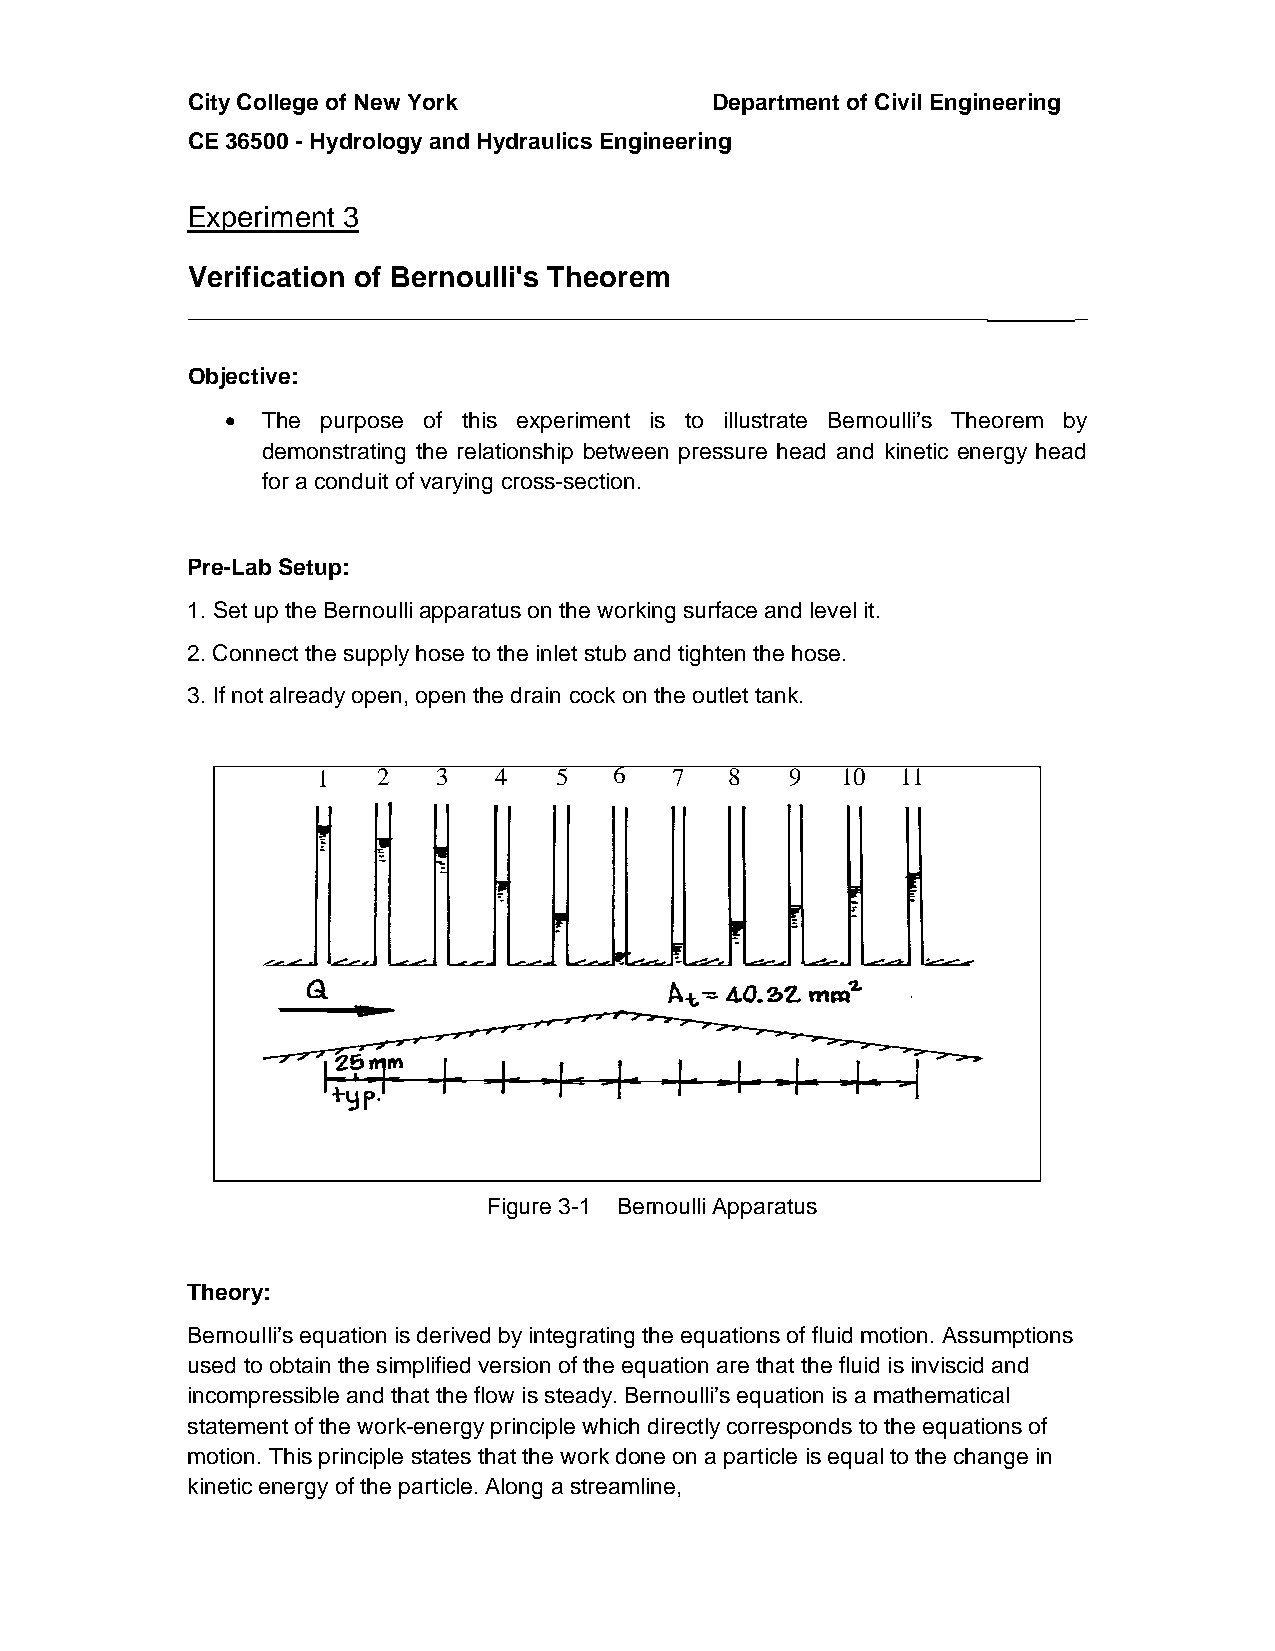
City College of New York           Department of Civil Engineering
 CE 36500 - Hydrology and Hydraulics Engineering
 Experiment 3
 Verification of Bernoulli's Theorem
 ________________________________________________________________ _
 Objective:
  The purpose of this experiment is to illustrate Bernoulli’s Theorem by
 demonstrating the relationship between pressure head and kinetic energy head
 for a conduit of varying cross-section.
 Pre-Lab Setup:
 1. Set up the Bernoulli apparatus on the working surface and level it.
 2. Connect the supply hose to the inlet stub and tighten the hose.
 3. If not already open, open the drain cock on the outlet tank.
 1      1   2   3   4   5   6  7   8   9   10  11
 Figure 3-1 Bernoulli Apparatus
 Theory:
 Bernoulli’s equation is derived by integrating the equations of fluid motion. Assumptions
 used to obtain the simplified version of the equation are that the fluid is inviscid and
 incompressible and that the flow is steady. Bernoulli’s equation is a mathematical
 statement of the work-energy principle which directly corresponds to the equations of
 motion. This principle states that the work done on a particle is equal to the change in
 kinetic energy of the particle. Along a streamline,